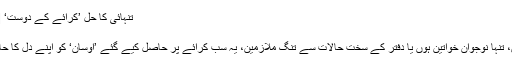
تنہائی کا حل ’کرائے کے دوست‘ | معاشرہ | DW | 22.07.2016
تنہائی کا حل ’کرائے کے دوست‘
تنہائی کے شکار بوڑھے افراد ہوں، تنہا نوجوان خواتین ہوں یا دفتر کے سخت حالات سے تنگ ملازمین، یہ سب کرائے پر حاصل کیے گئے ’اوسان‘ کو اپنے دل کا حال بتا کر اپنا بوجھ کم کر لیتے ہیں۔